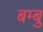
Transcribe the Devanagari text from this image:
बम्बु